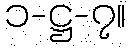
၁-ဋ္ဌ-၇။